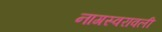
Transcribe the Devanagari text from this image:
नागस्वरावली